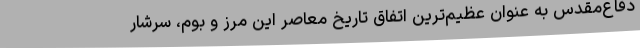
دفاع‌مقدس به عنوان عظیم‌ترین اتفاق تاریخ معاصر این مرز و بوم، سرشار